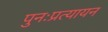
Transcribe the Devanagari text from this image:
पुनःप्रत्यायन